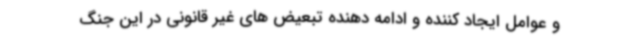
و عوامل ایجاد کننده و ادامه دهنده تبعیض های غیر قانونی در این جنگ